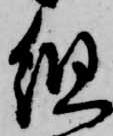
組